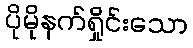
ပိုမိုနက်ရှိုင်းသော